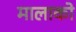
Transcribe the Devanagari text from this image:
मालाको